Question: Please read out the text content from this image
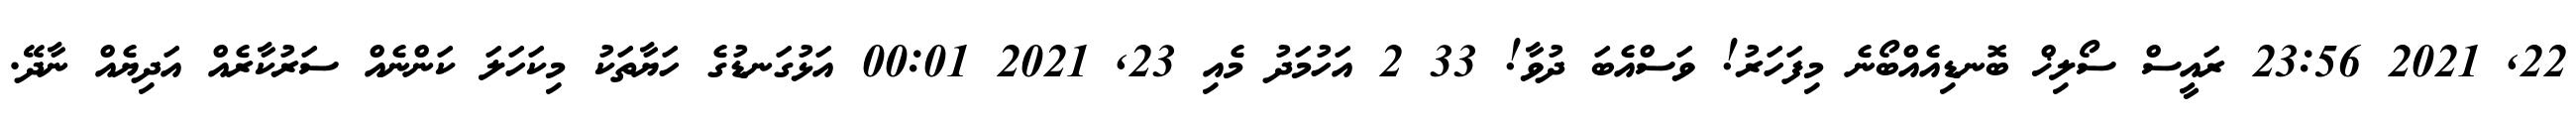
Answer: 22, 2021 23:56 ރައީސް ސޯލިޚް ބޮނޑިއެއްބޯނެ މިފަހަރު! ވަސްއެބަ ދުވާ! 33 2 އަހުމަދު މެއި 23, 2021 00:01 އަޅުގަނޑުގެ ހަޔާތަކު މިކަހަލަ ކަންނެއް ސަރުކާރެއް އަދިޔެއް ނާދޭ.